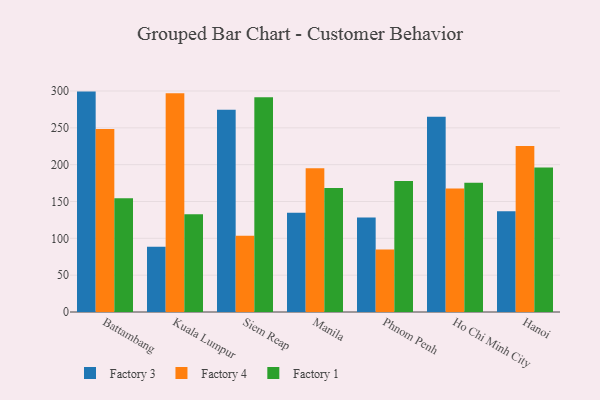
{"axis": {"x": "City", "y": "Humidity (%)"}, "legend": ["Factory 1", "Factory 3", "Factory 4"], "data": [{"x": "Battambang", "y": 299.2, "type": "Factory 3"}, {"x": "Battambang", "y": 248.5, "type": "Factory 4"}, {"x": "Battambang", "y": 154.5, "type": "Factory 1"}, {"x": "Kuala Lumpur", "y": 88.5, "type": "Factory 3"}, {"x": "Kuala Lumpur", "y": 296.9, "type": "Factory 4"}, {"x": "Kuala Lumpur", "y": 132.6, "type": "Factory 1"}, {"x": "Siem Reap", "y": 274.6, "type": "Factory 3"}, {"x": "Siem Reap", "y": 103.6, "type": "Factory 4"}, {"x": "Siem Reap", "y": 291.4, "type": "Factory 1"}, {"x": "Manila", "y": 134.9, "type": "Factory 3"}, {"x": "Manila", "y": 195.2, "type": "Factory 4"}, {"x": "Manila", "y": 168.2, "type": "Factory 1"}, {"x": "Phnom Penh", "y": 128.2, "type": "Factory 3"}, {"x": "Phnom Penh", "y": 84.7, "type": "Factory 4"}, {"x": "Phnom Penh", "y": 177.9, "type": "Factory 1"}, {"x": "Ho Chi Minh City", "y": 264.9, "type": "Factory 3"}, {"x": "Ho Chi Minh City", "y": 167.7, "type": "Factory 4"}, {"x": "Ho Chi Minh City", "y": 175.6, "type": "Factory 1"}, {"x": "Hanoi", "y": 136.8, "type": "Factory 3"}, {"x": "Hanoi", "y": 225.4, "type": "Factory 4"}, {"x": "Hanoi", "y": 196.3, "type": "Factory 1"}]}